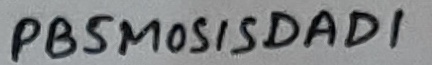
Text: PB5MOSISDAD1